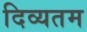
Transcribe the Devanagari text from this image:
दिव्यतम